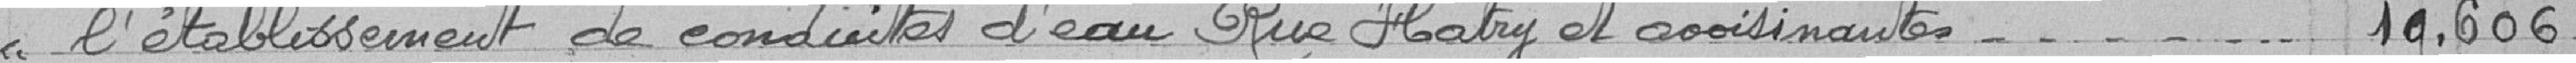
l'établissement de conduites d'eau Rue Hatry et avoisinantes 10,606